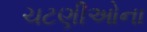
ચટણીઓના